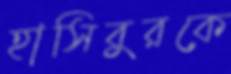
হাসিবুরকে